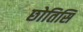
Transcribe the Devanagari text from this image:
छोतिसि